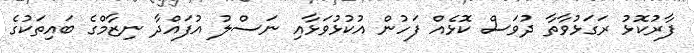
ފާރުކޮޅު ރަގަޅުވާތާ ދުވަސް ކޮޅެއް ފަހުން އުކުޅުވަޅާއި ނަސްލު އުފައްދާ ނިޒާމްގެ ބައިތަކުގެ